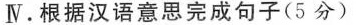
Ⅳ。根据汉语意思完成句子(5分)